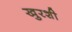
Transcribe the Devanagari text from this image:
खुरशी